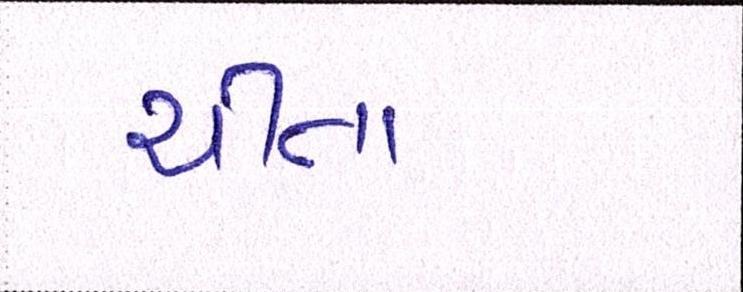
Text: ચીતા